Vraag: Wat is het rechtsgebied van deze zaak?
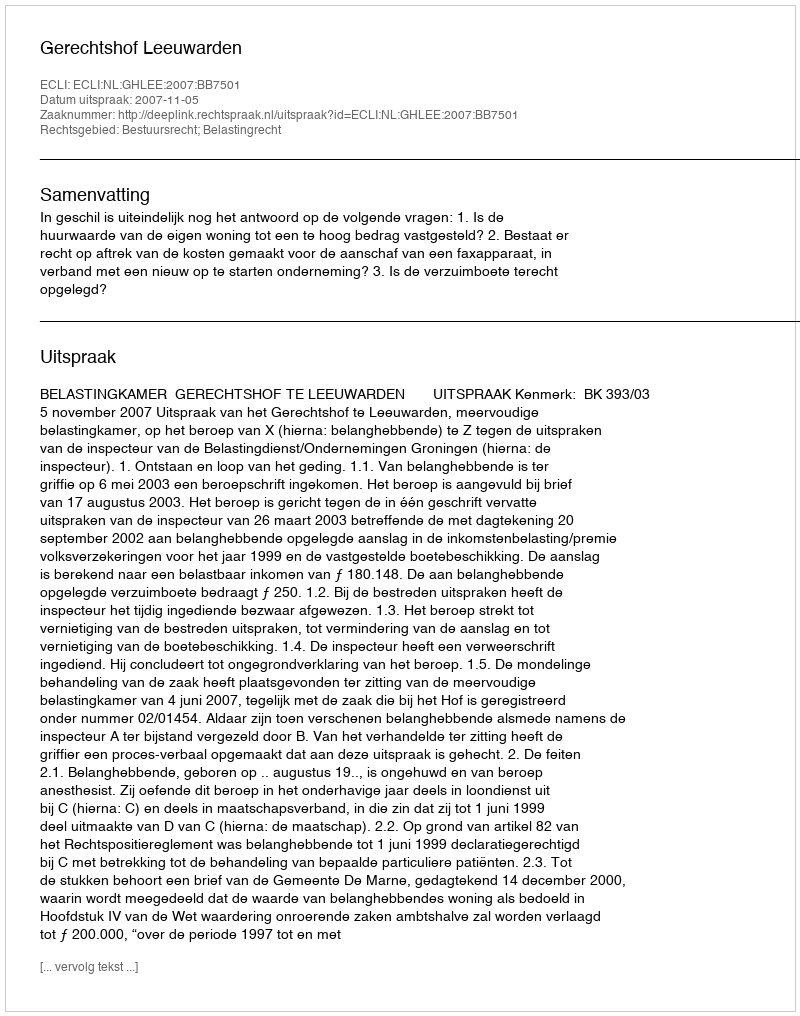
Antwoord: Bestuursrecht; Belastingrecht